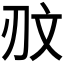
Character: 𰄥